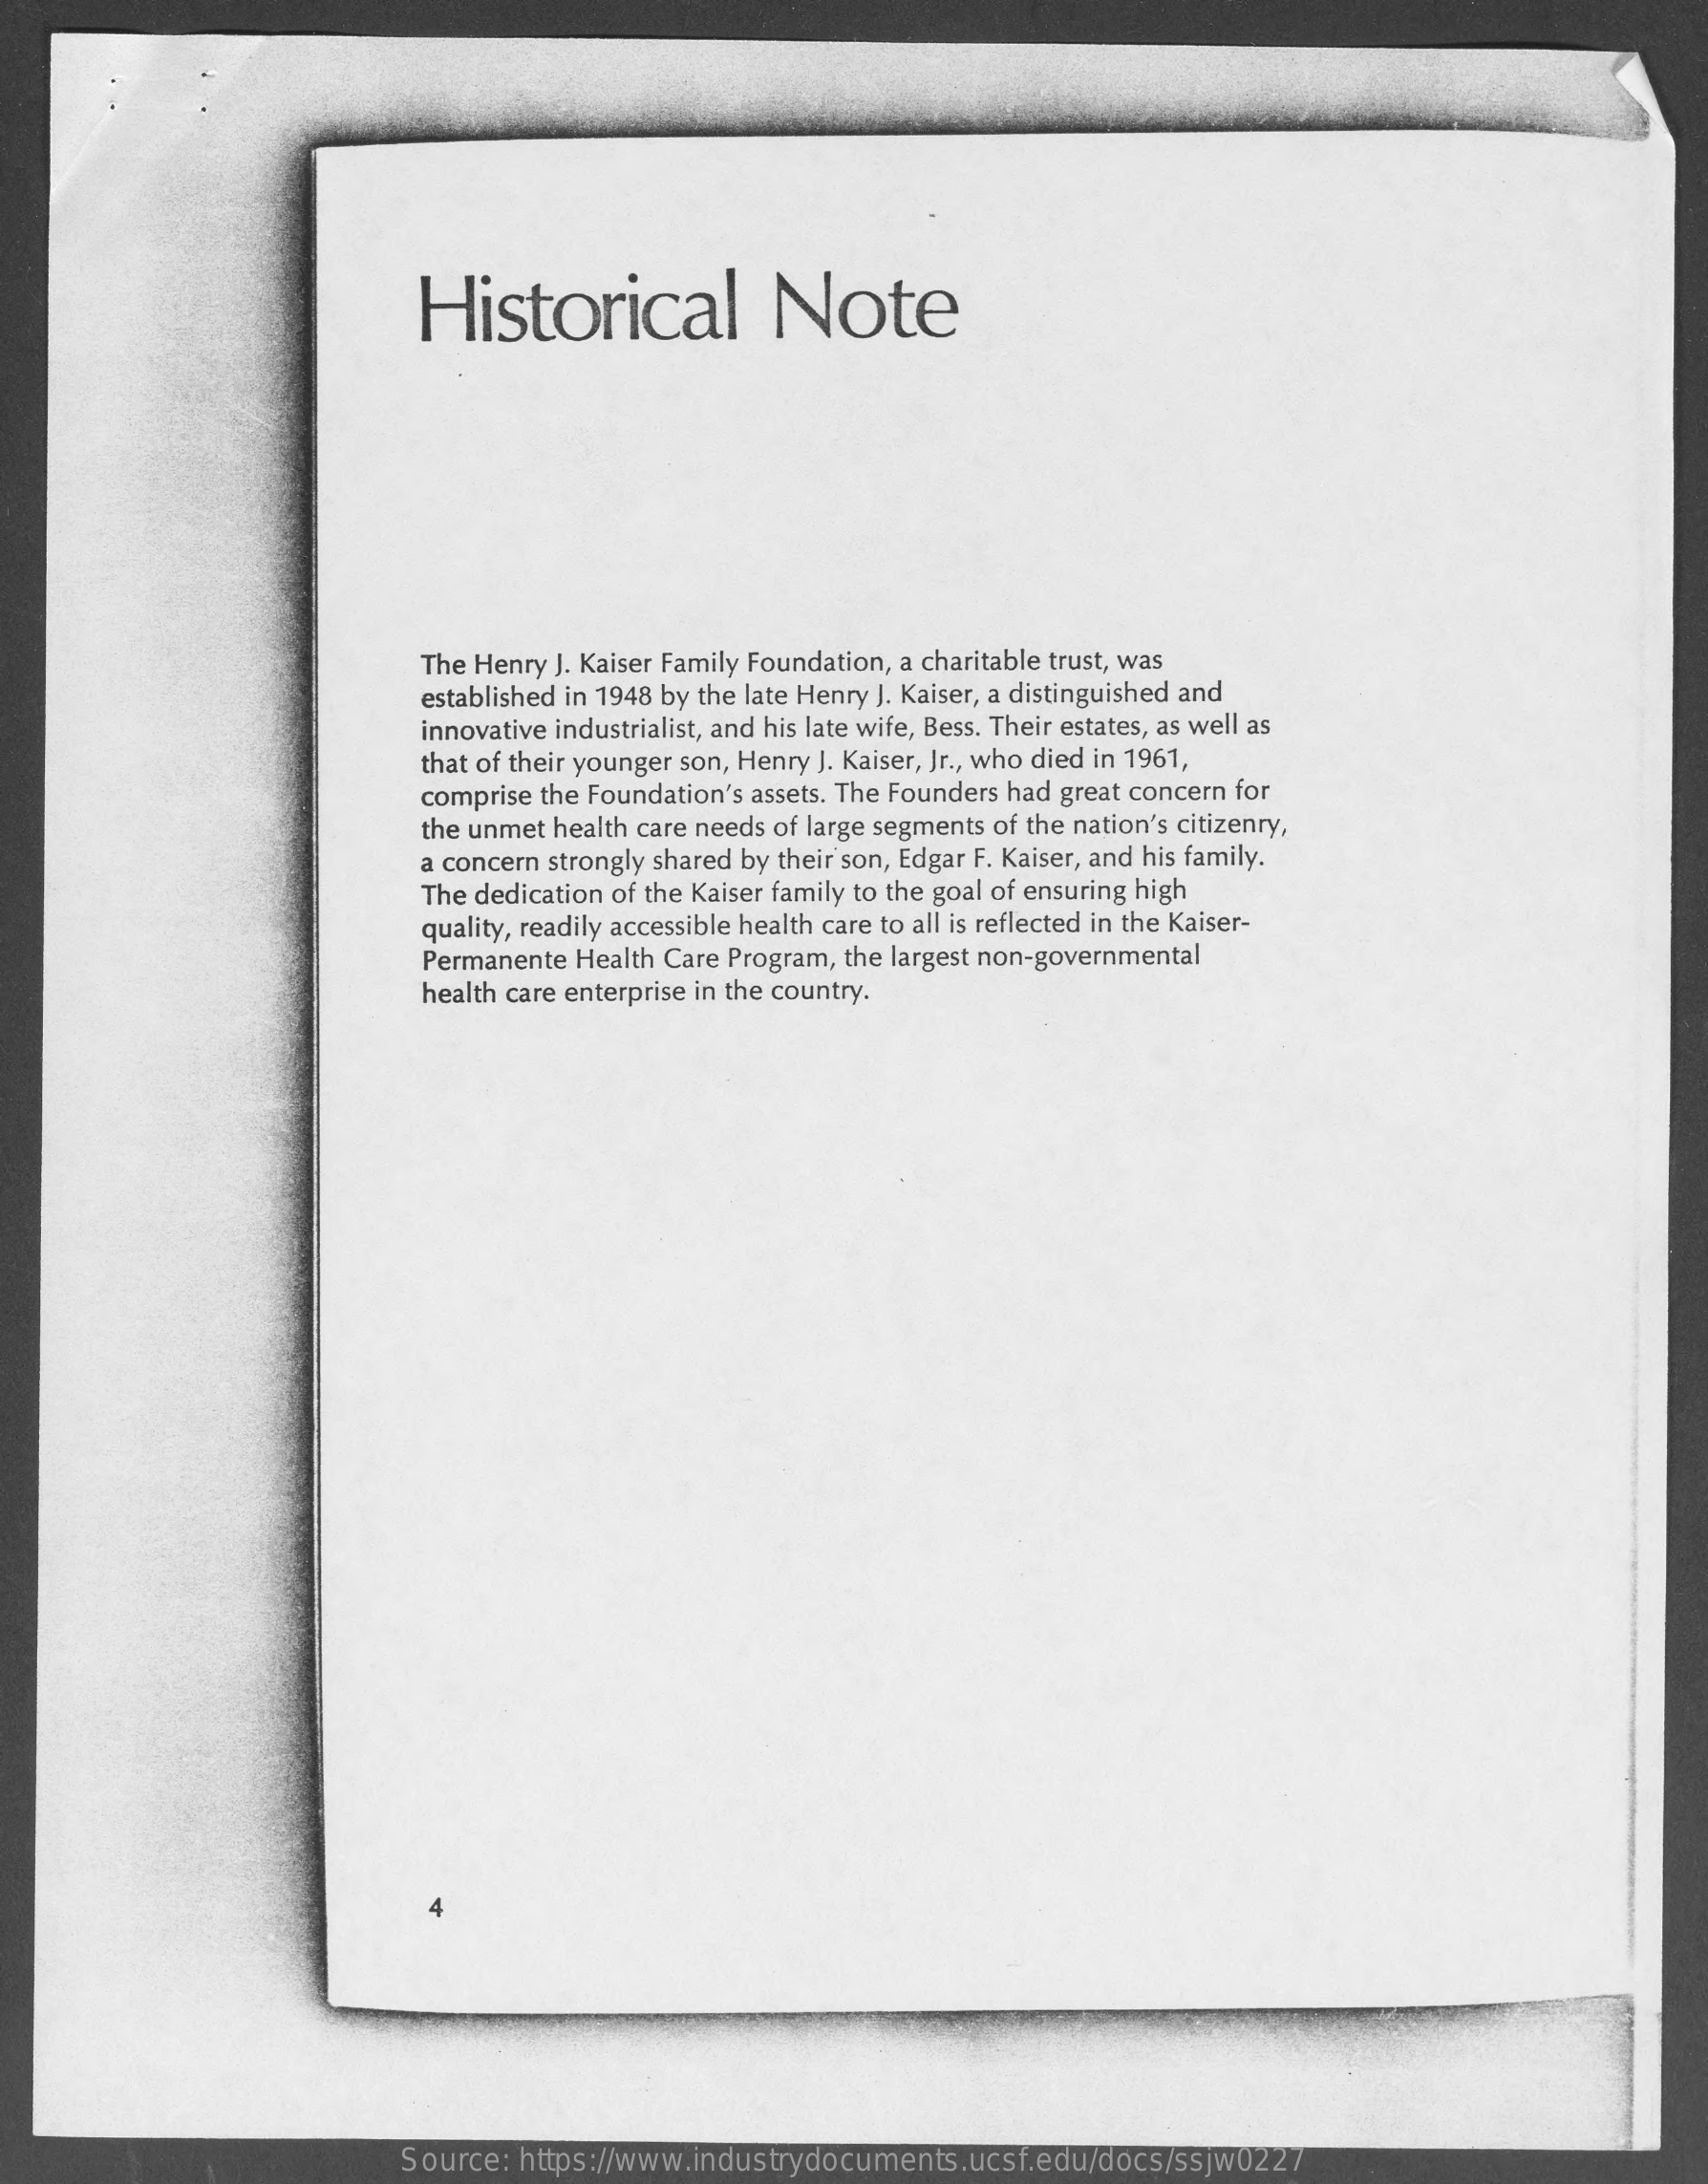
Historical    Note
     The Henry J. Kaiser Family Foundation, a charitable trust, was
     established in 1948 by the late Henry J. Kaiser, a distinguished and
     innovative industrialist, and his late wife, Bess. Their estates, as well as
     that of their younger son, Henry J. Kaiser, Jr ., who died in 1961,
     comprise the Foundation's assets. The Founders had great concern for
     the unmet health care needs of large segments of the nation's citizenry,
     a concern strongly shared by their son, Edgar F. Kaiser, and his family.
     The dedication of the Kaiser family to the goal of ensuring high
     quality, readily accessible health care to all is reflected in the Kaiser-
     Permanente  Health Care Program, the largest non-governmental
     health care enterprise in the country.
     Source:  https://www.industrydocuments.ucsf.edu/docs/ssjw0227